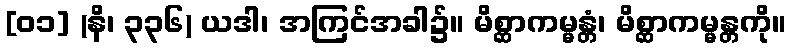
[၀၁] (နိ၊ ၃၃၆) ယဒါ၊ အကြင်အခါ၌။ မိစ္ဆာကမ္မန္တံ၊ မိစ္ဆာကမ္မန္တကို။